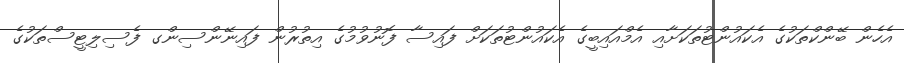
އެހެން ބޭންކްތަކުގެ އެކައުންޓުތަކަށާއި އެމްއައިބީގެ އެކައުންޓުތަކަށް ފައިސާ ފޮނުވުމުގެ އިތުރުން ފައިނޭންސިންގ ފެސިލިޓީސްތަކުގެ